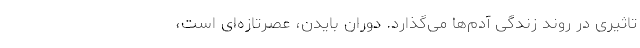
تاثیری در روند زندگی آدم‌ها می‌گذارد. دوران بایدن، عصرتازه‌ای است،